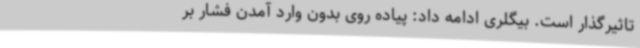
تاثیرگذار است. بیگلری ادامه داد: پیاده روی بدون وارد آمدن فشار بر